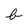
Character: b